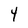
Character: Y